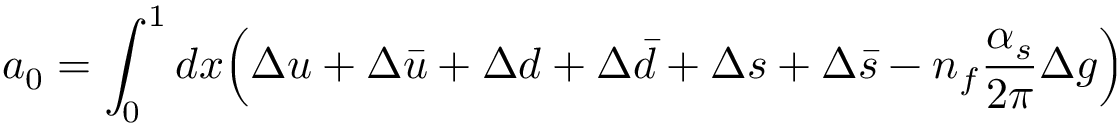
a _ { 0 } = \int _ { 0 } ^ { 1 } d x \Big ( \Delta u + \Delta \bar { u } + \Delta d + \Delta \bar { d } + \Delta s + \Delta \bar { s } - n _ { f } \frac { \alpha _ { s } } { 2 \pi } \Delta g \Big )